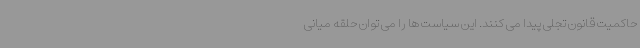
حاکمیت قانون تجلی پیدا می کنند. این سیاست ها را می توان حلقه میانی